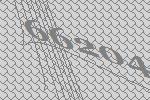
66204